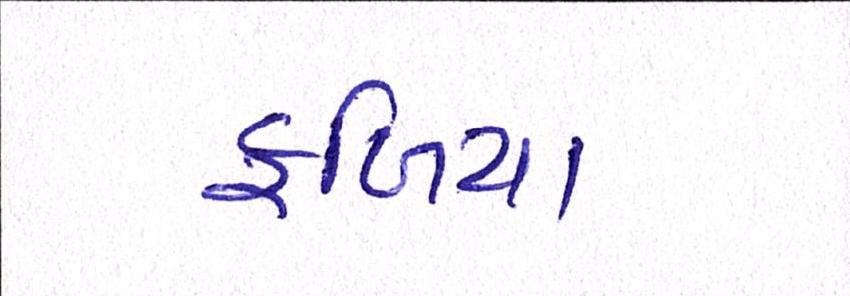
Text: ફળિયા